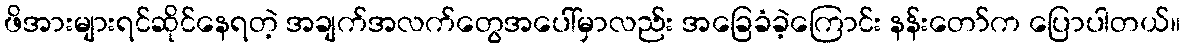
ဖိအားများရင်ဆိုင်နေရတဲ့ အချက်အလက်တွေအပေါ်မှာလည်း အခြေခံခဲ့ကြောင်း နန်းတော်က ပြောပါတယ်။